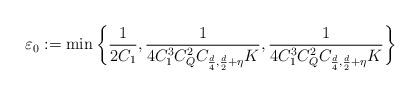
LaTeX: \begin{align*}\varepsilon_0 := \min\bigg\{\frac{1}{2C_1},\frac{1}{4C_1^3C_Q^2C_{\frac{d}{4},\frac{d}{2} + \eta}K},\frac{1}{4C_1^3C_Q^2C_{\frac{d}{4},\frac{d}{2} + \eta}K}\bigg\}\end{align*}